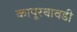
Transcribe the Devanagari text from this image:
कापूरबावडी